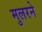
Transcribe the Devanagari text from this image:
मुलरने